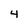
Character: 4